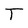
Character: T